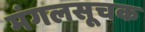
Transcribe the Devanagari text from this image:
मंगलसूचक